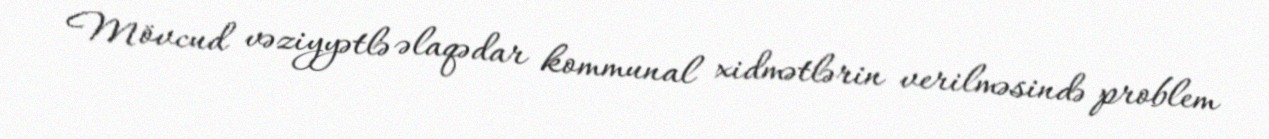
Mövcud vəziyyətlə əlaqədar kommunal xidmətlərin verilməsində problem